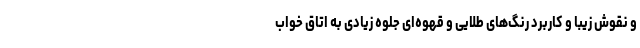
و نقوش زیبا و کاربرد رنگ‌های طلایی و قهوه‌ای جلوه زیادی به اتاق خواب